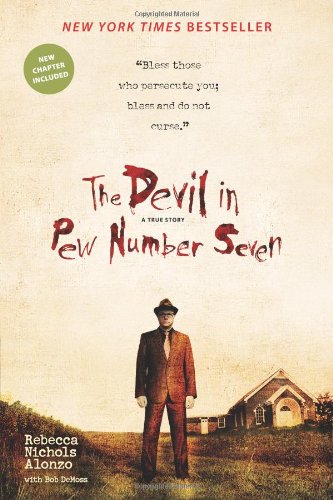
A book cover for The Devil in Pew Number Seven; Rebecca Nichols Alonzo; Biographies & Memoirs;